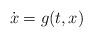
LaTeX: \begin{align*} \dot{x} = g(t,x)\end{align*}